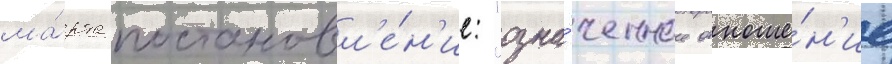
ма́рта постановл'е́н'ие: "озна́ченное отноше́н'ие